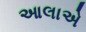
આલાએ